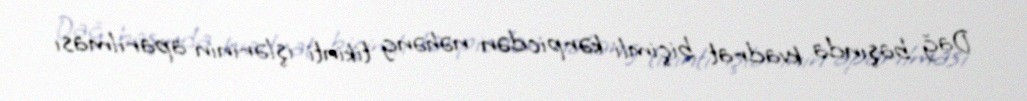
Dağ başında kvadrat biçimli kərpicdən nəhəng tikinti işlərinin aparılması